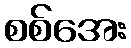
စစ်အေး